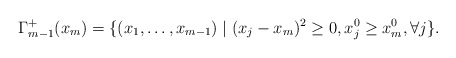
\begin{align*}\Gamma_{m-1}^+(x_m)=\{(x_1,\ldots ,x_{m-1}) \mid (x_j - x_m)^2 \ge 0, x_j^0 \ge x_m^0, \forall j \}.\end{align*}